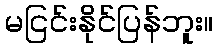
မငြင်းနိုင်ပြန်ဘူး။